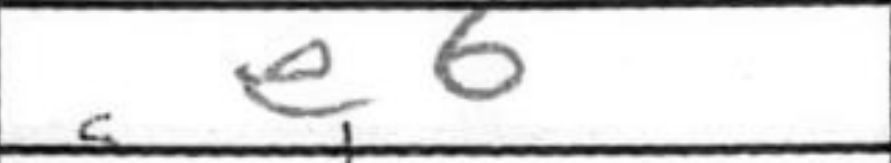
Transcription: e6